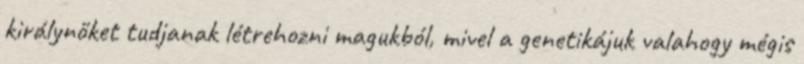
királynőket tudjanak létrehozni magukból, mivel a genetikájuk valahogy mégis